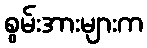
စွမ်းအားများက